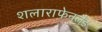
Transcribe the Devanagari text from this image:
शलाराफेनलैंड